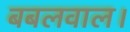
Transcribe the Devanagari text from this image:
बबलवाल।